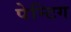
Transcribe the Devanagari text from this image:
पेन्टिग